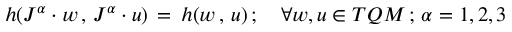
h ( J ^ { \alpha } \cdot w \, , \, J ^ { \alpha } \cdot u ) \, = \, h ( w \, , \, u ) \, ; \quad \forall w , u \in T { \cal Q M } \, ; \, \alpha = 1 , 2 , 3